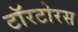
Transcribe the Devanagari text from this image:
टॉरटोरस